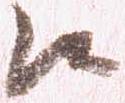
候